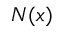
N ( { \boldsymbol { x } } )